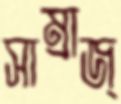
সাম্রাজ্